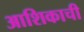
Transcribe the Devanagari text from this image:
आशिकाची